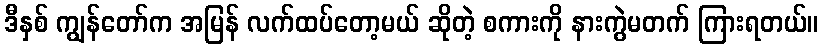
ဒီနှစ် ကျွန်တော်က အမြန် လက်ထပ်တော့မယ် ဆိုတဲ့ စကားကို နားကွဲမတက် ကြားရတယ်။